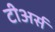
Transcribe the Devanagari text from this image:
टीअर्स